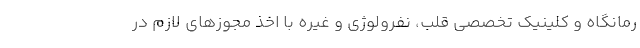
رمانگاه و کلینیک تخصصی قلب، نفرولوژی و غیره با اخذ مجوزهای لازم در